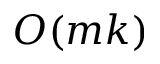
O ( m k )